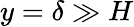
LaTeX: y=\delta\gg H